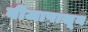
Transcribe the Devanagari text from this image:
बीजापासून